Plague in India, 1896, 1897 - Volume 1
Year: 1896
Disease focus: Plague
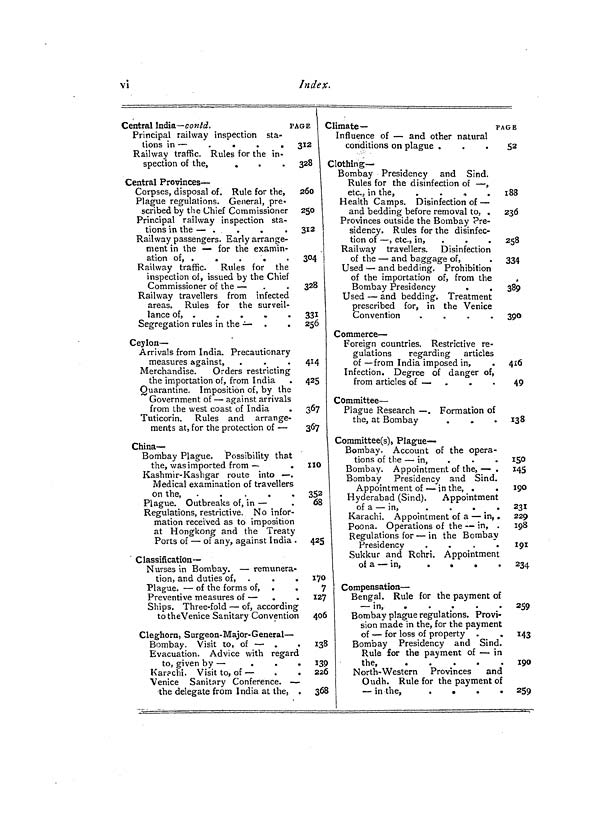
vi
Index.
Central India— contd.
PA
Principal railway inspection sta-
tions in —
.
.
.
.
Railway traffic. Rules for the in-
spection of the,
.
Central Provinces —
Corpses, disposal of. Rule for the,
Plague regulations. General, pre-
scribed by the Chief Commissioner
Principal railway inspection sta-
tions in the — .
.
.
.
Railway passengers. Early arrange-
ment in the — for the examin-
ation of, .
.
.
.
Railway traffic.
Rules for the
inspection of, issued by the Chief
Commissioner of the —
Railway travellers from infected
areas. Rules for the surveil-
lance of, .
.
.
«
.
Segregation rules in the
Ceylon —
Arrivals from India. Precautionary
measures against,
Merchandise.
Orders restricting
the importation of, from India
Quarantine. Imposition of, by the
Government of — against arrivals
from the west coast of India
Tuticorin. Rules and arrange-
ments at, for the protection of —
China-
Bombay Plague. Possibility that
the, was imported from —
.
Kashmir-Kashgar route into — .
Medical examination of travellers
on the,
-
....
Plague. Outbreaks of, in —
Regulations, restrictive. No infor-
mation received as to imposition
at Hongkong and the Treaty
Ports of — of any, against India .
Classification-
Nurses in Bombay. — remunera-
tion, and duties of,
Plague. — of the forms of, .
.
Preventive measures of —
Ships, Three-fold — of, according
to theVenice Sanitary Convention
Cleghorn, Surgeon-Major-General —
Bombay. Visit to, of — .
Evacuation. Advice with regard
to, given by —
.
.
.
Karpchi. Visit to, of —
.
.
Venice Sanitary Conference. — -
the delegate from India at the, .
G E
312
328
260
250
312 l
304
328
331 J
256
414
425
367
367
110
352
68
425
170
7
127
406
138
I39
226
36Í
Climate—
PA
Influence of — and other natural
conditions on plague .
Clothing-
Bombay Presidency and Sind.
Rules for the disinfection of — ,
etc... in the,
.
.
»
.
Health Camps. Disinfection of —
and bedding before removal to, .
Provinces outside the Bombay Pre-
sidency. Rules for the disinfec-
tion of — , etc., in,
Railway travellers.
Disinfection
of the — and baggage of,
Used — and bedding. Prohibition
of the importation of, from the
Bombay Presidency
.
Used — and bedding. Treatment
prescribed for, in the Venice
Convention
.
.
.
.
Commerce —
Foreign countries. Restrictive re-
gulations
regarding
articles
of — from India imposed in,
Infection. Degree of danger of,
from articles of — -
Committee —
Plague Research — . Formation of
the, at Bombay
Committee(s), Plague-
Bombay. Account of the opera-
tions of the — in,
Bombay. Appointment of the, — .
Bombay Presidency and Sind.
Appointment of — in the, .
Hyderabad (Sind).
Appointment
of a — in,
.
.
.
.
Karachi. Appointment of a — in, .
Poona. Operations of the — in, .
Regulations for — in the Bombay
Presidency
.
.
.
.
Sukkur and Rohri. Appointment
of a — in,
.
•
.
.
Compensation —
Bengal. Rule for the payment of
— in,
.
Bombay plague regulations. Provi-
sion made in the, for the payment
of — for loss of property .
.
Bombay Presidency and Sind.
Rule for the payment of — in
the,
North-Western Provinces
and
Oudh. Rule for the payment of
— in the,
.
IGE
52
1 83
236
258
334
389
390
416
49
138
150
145
190
231
229
198
191
234
259
143
190
259